system: You are a helpful assistant.
user:
Analyze the provided spectrum to determine if it is a **S-type Star**.

- **Key Indicators for S-type Star:**

    - **(Overall Spectrum Shape):** The first and most obvious characteristic is the overall continuum (the "baseline" shape). It is **extremely "red-sloping,"** meaning the flux (light intensity) is very low on the left side (blue, ~4000-4500 Å) and rises steeply and continuously toward the right side (red, ~7000 Å+).

    - **(Primary):** The spectrum is defined by the presence of strong, broad molecular absorption "valleys" (bands) from **Zirconium Oxide (ZrO)**. The identification of these bands is the **primary requirement** for classifying a star as S-type.
        - **(Key Bandheads):** You must find distinct, deep "dips" where the light has been absorbed. The most critical band systems to locate are:
            - **~6474 Å** ($\gamma$-system): This is often the strongest and clearest ZrO feature, found in the red part of the spectrum.
            - **~5718 Å** & **~5551 Å** ($\beta$-system): A pair of prominent absorption features in the yellow-orange part of the spectrum.
            - **~4640 Å** ($\alpha$-system): A key absorption band system in the blue-green region of the spectrum.

    - **(Secondary Confirmation):** The classification is strengthened by finding additional absorption bands from other related heavy element oxides, which are expected to be present alongside ZrO.
        - **(Key Bandheads):**
            - **Yttrium Oxide (YO):** Look for absorption dips near **~4800 Å** and **~6100 Å**.
            - **Lanthanum Oxide (LaO):** Additional absorption features, particularly in the red-orange part of the spectrum, are also characteristic.

    - **(Line Profile):** The combination of the steep red continuum and these numerous, deep molecular bands (ZrO, YO, etc.) gives the entire spectrum a very **"chopped-up"** or **"bumpy"** appearance. Instead of a smooth curve, the spectrum looks as though large, wide chunks of light have been "carved out" of it at the specific wavelengths listed above.

Think first, call **spectral_visualization_tool** if needed to examine features in detail, then provide your final answer. Your response must adhere to the following strict rules:
1.  **Overall Structure:** Your response must follow the format `<think>...</think> <tool_call>...</tool_call> (if a tool is used) <answer>...</answer>`.
2.  **Tool Usage Constraint:** You may only make **one** tool call per turn.
3.  **Final Answer Format:** In the `<answer>` tag, your conclusion must be inside a `\boxed{}` command (e.g., `\boxed{YES}` or `\boxed{NO}`), followed by your justification.

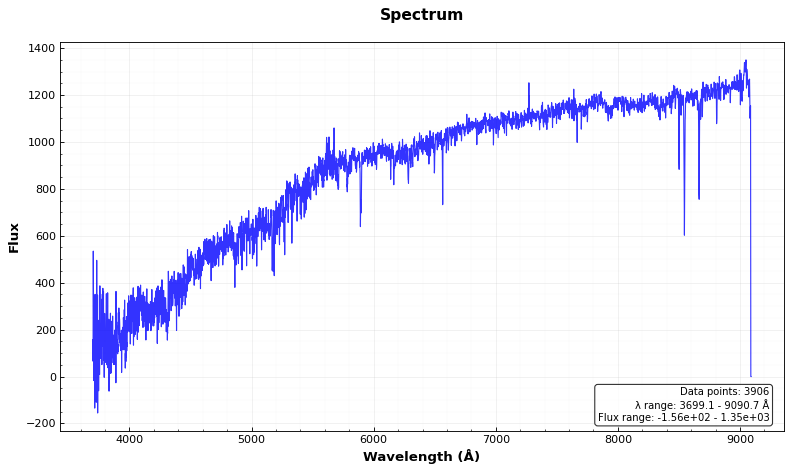
Answer: NO